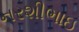
નરશીભાઇ